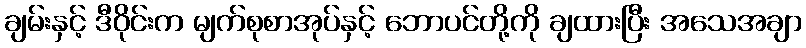
ချမ်းနှင့် ဒီဝိုင်းက မျက်စုစာအုပ်နှင့် ဘောပင်တို့ကို ချထားပြီး အသေအချာ